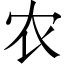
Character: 农